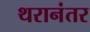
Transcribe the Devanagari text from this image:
थरानंतर